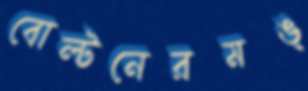
বোল্টনেরমঙ্